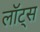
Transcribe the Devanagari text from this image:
लॉट्स